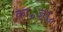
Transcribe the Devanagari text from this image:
का॰ज्ञा॰